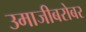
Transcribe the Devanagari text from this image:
उमाजीबरोबर